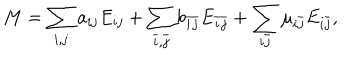
M = \sum _ { i , j } a _ { i j } E _ { i j } + \sum _ { \bar { i } , \bar { j } } b _ { \bar { i } \bar { j } } E _ { \bar { i } \bar { j } } + \sum _ { i \bar { j } } \mu _ { i \bar { j } } E _ { i \bar { j } } ,